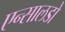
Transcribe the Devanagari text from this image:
एन्सालडो